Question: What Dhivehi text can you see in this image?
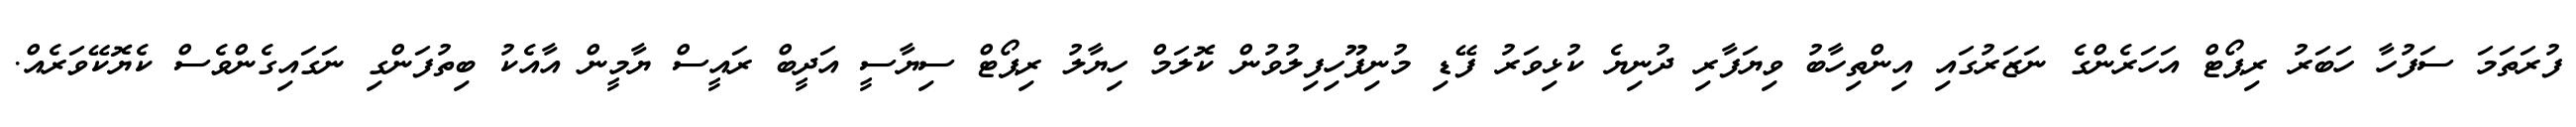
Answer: ފުރަތަމަ ސަފުހާ ހަބަރު ރިޕޯޓް އަހަރެންގެ ނަޒަރުގައި އިންތިހާބު ވިޔަފާރި ދުނިޔެ ކުޅިވަރު ފޭޑި މުނިފޫހިފިލުވުން ކޮލަމް ހިޔާލު ރިޕޯޓް ސިޔާސީ އަދީބް ރައީސް ޔާމީން އާއެކު ބިތުފަންގި ނަގައިގެންވެސް ކެޔޮކޭވަރެއް.